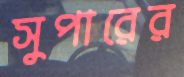
সুপারের